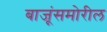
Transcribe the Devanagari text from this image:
बाजूंसमोरील